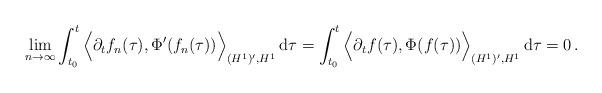
LaTeX: \begin{align*}\lim_{n\to\infty} \int_{t_0}^t \Big\langle \partial_t f_n(\tau),\Phi'(f_n(\tau))\Big\rangle_{(H^1)',H^1}\, \mathrm{d}\tau = \int_{t_0}^t \Big\langle \partial_t f(\tau),\Phi(f(\tau)) \Big\rangle_{(H^1)',H^1}\, \mathrm{d}\tau = 0\,.\end{align*}